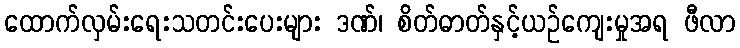
ထောက်လှမ်းရေးသတင်းပေးများ ဒဏ်၊ စိတ်ဓာတ်နှင့်ယဉ်ကျေးမှုအရ ဖီလာ